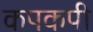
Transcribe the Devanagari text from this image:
कपकपी